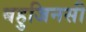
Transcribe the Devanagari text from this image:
बहुजिनसी